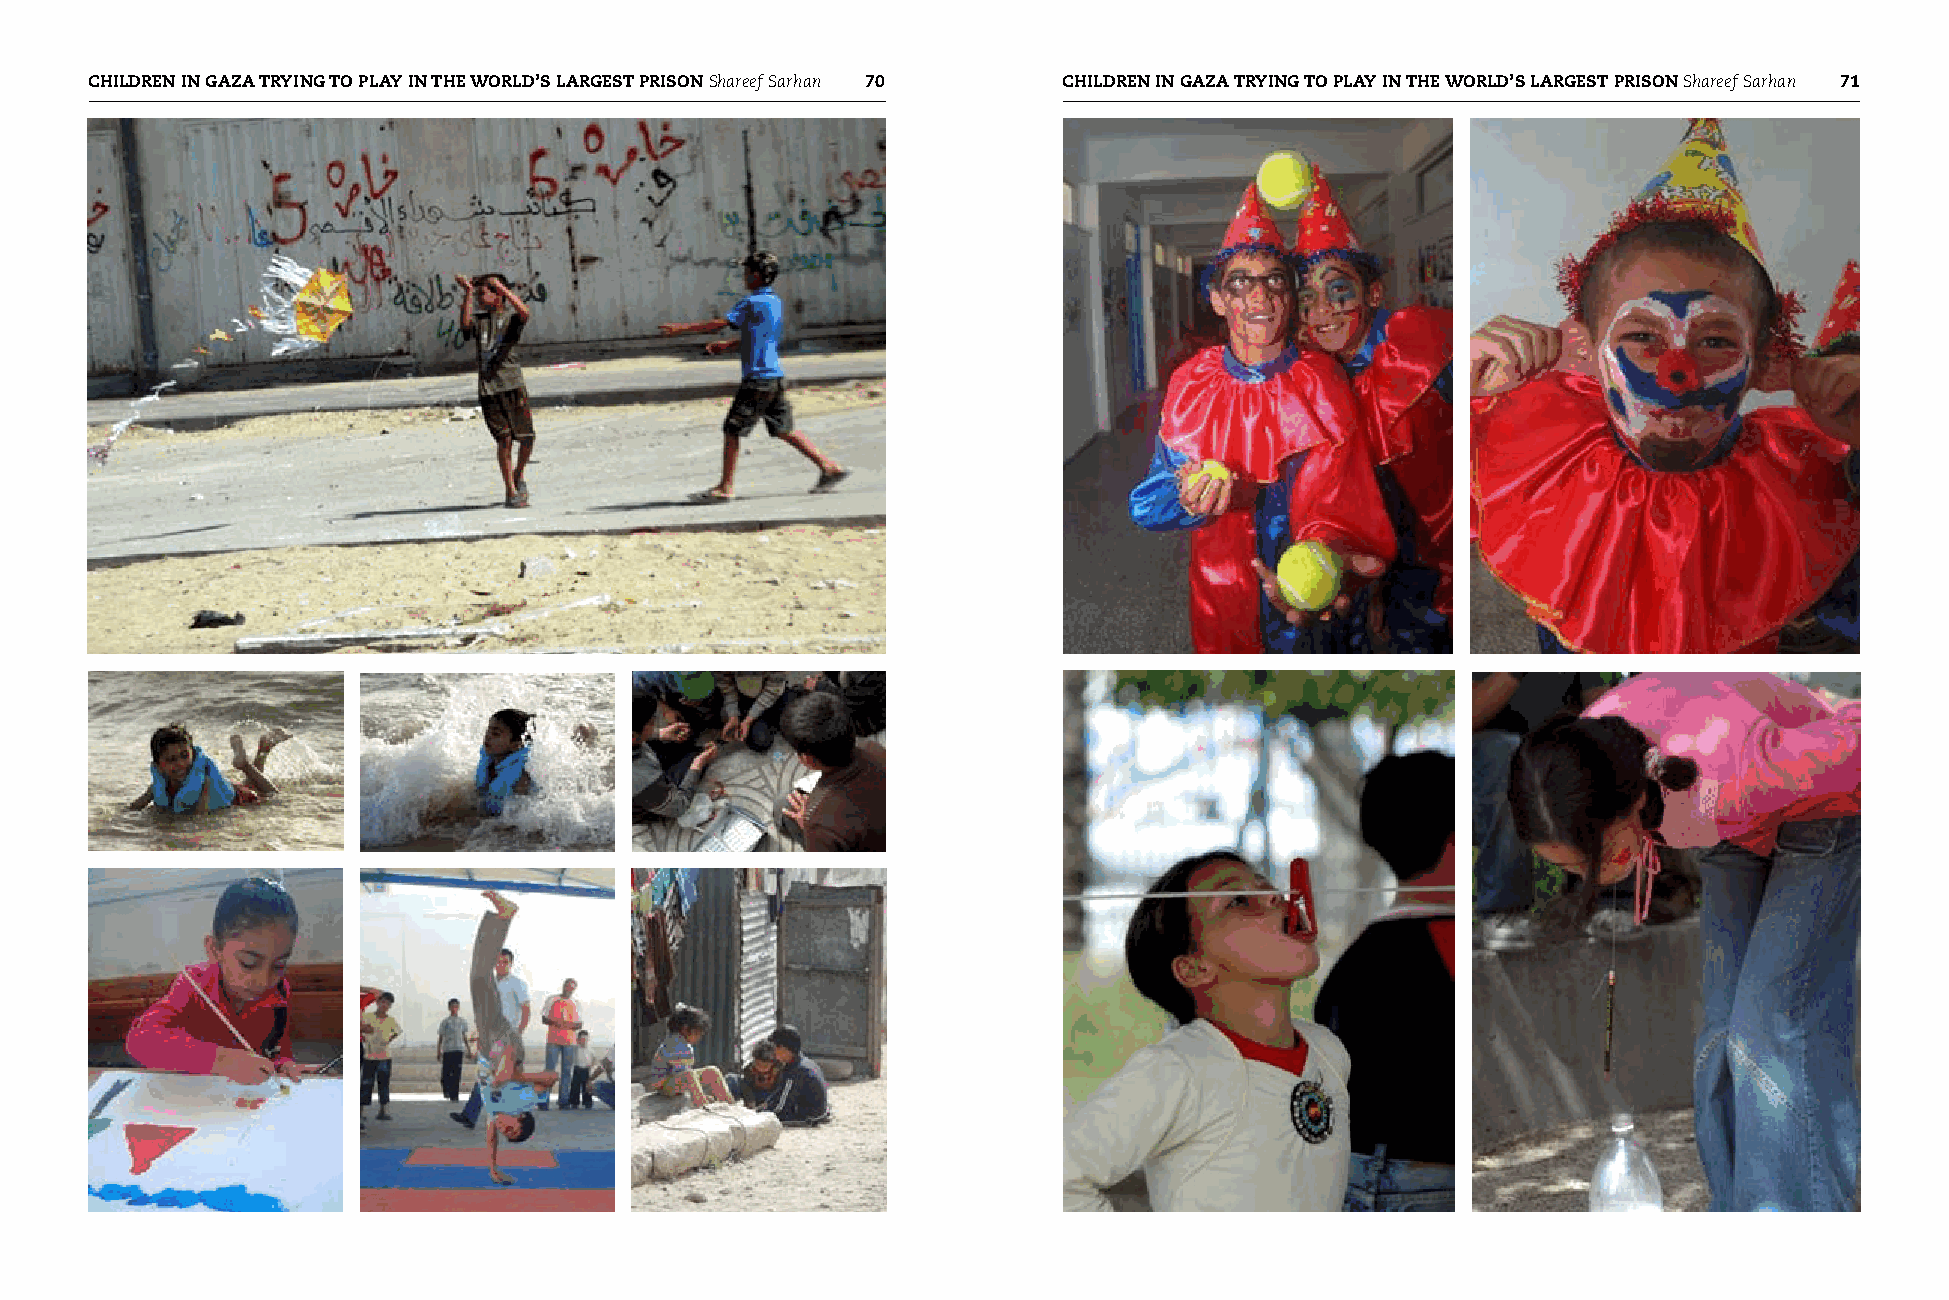
CHIldREN IN GAzA TRYING TO PlAY IN THE wORld’S lARGEST PRISON Shareef Sarhan 70 CHIldREN IN GAzA TRYING TO PlAY IN THE wORld’S lARGEST PRISON Shareef Sarhan 71
 